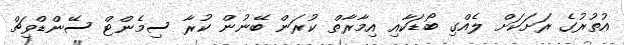
އުތުރުގެ ރަށަކަށް ލެއްގި ބޯޑަކާއި އިމާރާތް ކުރަން ބޭނުން ކުރާ ސިމެންޓް ސޭންޑްވިޗް